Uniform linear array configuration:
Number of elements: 64
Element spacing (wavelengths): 1
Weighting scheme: uniform
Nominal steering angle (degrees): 0
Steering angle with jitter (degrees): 0.04106
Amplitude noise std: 0.05
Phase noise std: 0.05

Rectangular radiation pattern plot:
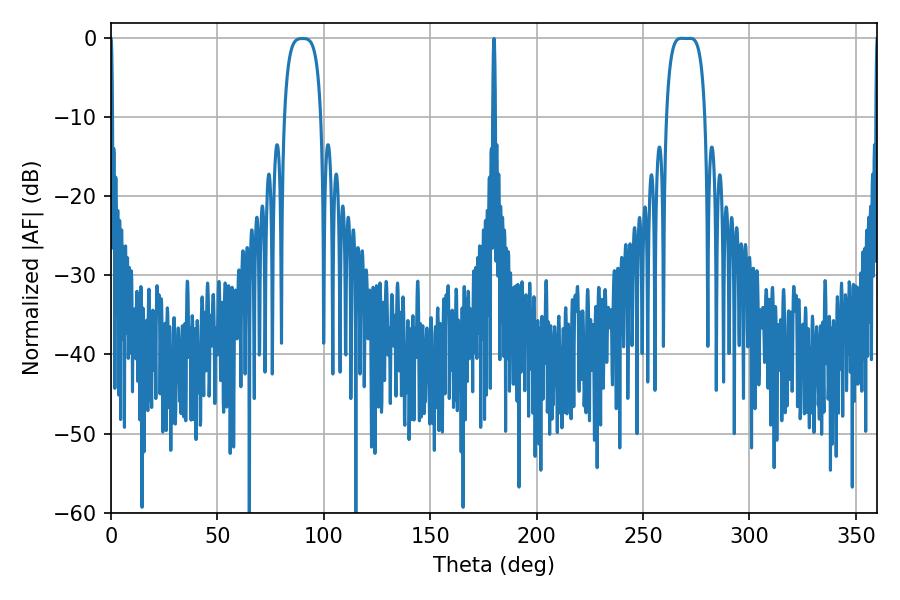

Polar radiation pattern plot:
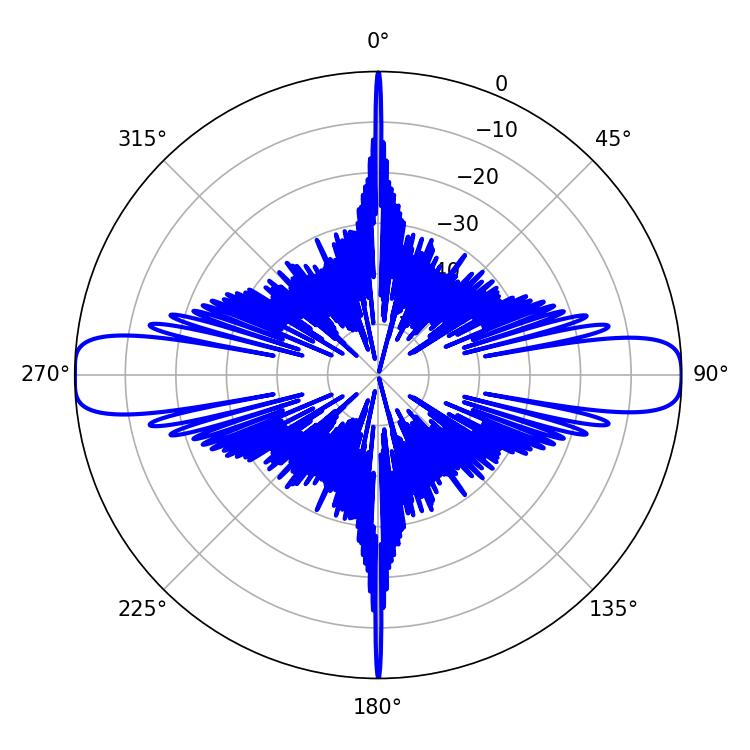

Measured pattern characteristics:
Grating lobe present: TRUE
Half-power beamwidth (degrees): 14.04
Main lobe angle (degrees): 268.02